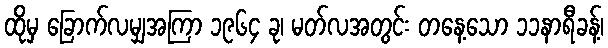
ထိုမှ ခြောက်လမျှအကြာ ၁၉၆၄ ခု၊ မတ်လအတွင်း တနေ့သော ၁၁နာရီခန့်၊